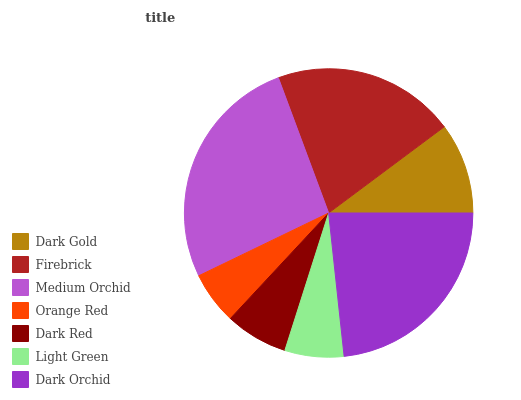
| Dark Gold | Firebrick | Medium Orchid | Orange Red | Dark Red | Light Green | Dark Orchid |
 | --- | --- | --- | --- | --- | --- | --- |
 | 10.2% | 20.5% | 26.6% | 5.9% | 7.03% | 6.6% | 23.2% |